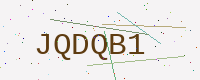
Text: JQDQB1